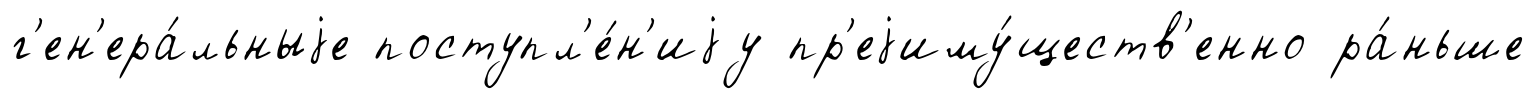
г'ен'ера́льныjе поступл'е́н'иjу пр'еjиму́ществ'енно ра́ньше